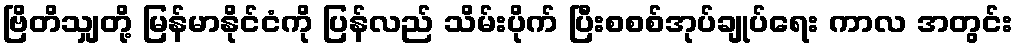
ဗြိတိသျှတို့ မြန်မာနိုင်ငံကို ပြန်လည် သိမ်းပိုက် ပြီးစစစ်အုပ်ချုပ်ရေး ကာလ အတွင်း